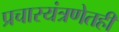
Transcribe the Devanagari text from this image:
प्रचारयंत्रणेतही